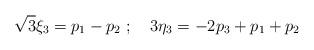
LaTeX: \begin{align*}{\sqrt 3}{\xi}_3 =p_1 - p_2 \ ; \quad 3{\eta}_3 = - 2p_3 + p_1 +p_2\end{align*}